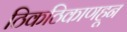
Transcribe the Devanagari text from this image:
ठिकठिकाणहून